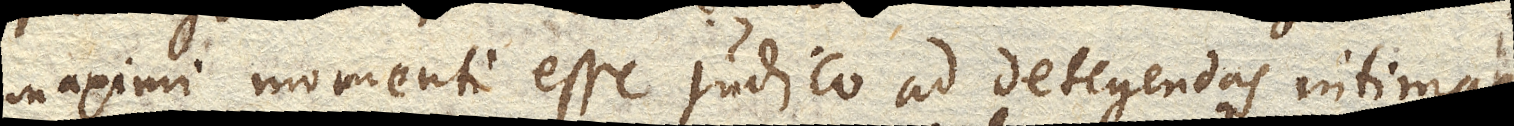
maximi momenti esse judico ad detegendas intimas